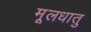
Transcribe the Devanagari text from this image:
मूलधातु